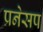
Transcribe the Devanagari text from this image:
प्रनेसप